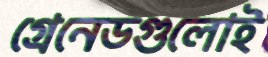
গ্রেনেডগুলোই